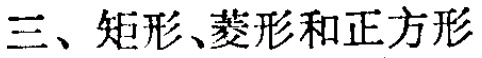
三、矩形、菱形和正方形